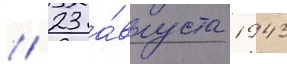
// 23 а́вгуста 1943